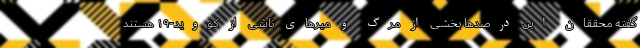
گفته محققان این درصدها بخشی از مرگ و میرهای ناشی از کووید-۱۹ هستند